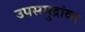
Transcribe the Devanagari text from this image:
उपसमुद्रांवर